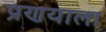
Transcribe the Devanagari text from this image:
प्रणयाला